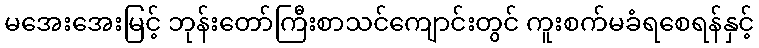
မအေးအေးမြင့် ဘုန်းတော်ကြီးစာသင်ကျောင်းတွင် ကူးစက်မခံရစေရန်နှင့်